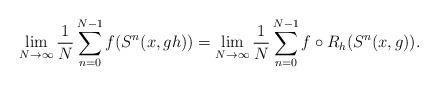
LaTeX: \begin{align*}\lim_{N\to\infty}\frac{1}{N}\sum_{n=0}^{N-1} f(S^n(x,gh))=\lim_{N\to\infty}\frac{1}{N}\sum_{n=0}^{N-1} f\circ R_h(S^n(x,g)).\end{align*}